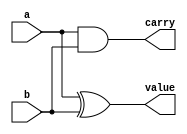
module HalfAdder(value, carry, a, b);
	input a, b;
	output value, carry;
	
	and and1(carry, a, b);
	xor xor1(value, a, b);
endmodule

module mux(y, i0, i1, i2, i3, c0, c1);
	input i0, i1, i2, i3, c0, c1;
	output y;
	
	wire nc0, nc1, pre0, pre1, pre2, pre3;
	
	not not1(nc0, c0);
	not not2(nc1, c1);
	
	and and1(pre0, nc0, nc1, i0);
	and and2(pre1, c0, nc1, i1);
	and and3(pre2, nc0, c1, i2);
	and and4(pre3, c0, c1, i3);
	
	or or1(y, pre0, pre1, pre2, pre3);
endmodule

module oneBitALU(y, z, a, b, c0, c1);
	output y, z;
	input a, b, c0, c1;
	
	wire r00, r01, r10, r20, r31;
	
	HalfAdder FA(r00, r01, a, b);
	and and1(r10, a, b);
	not not1(r20, a);
	xnor xnor1(r31, a, b);
	
	mux mux1(y, r00, r10, r20, 1'b0, c0, c1);
	mux mux2(z, r01, 1'b0, 1'b0, r31, c0, c1);
endmodule

module stimulus;
	reg a, b, c0, c1;
	wire y, z;
	
	oneBitALU oba(y, z, a, b, c0, c1);
	
	initial
		begin
			c0 = 1'b0;
			c1 = 1'b0;
			a = 1'b0;
			b = 1'b0;
		end
	
	always
		#40 c0 = ~c0;
	
	always
		#20 c1 = ~c1;
		
	always
		#10 a = ~a;
	
	always
		#5 b = ~b;
			
		
	initial
		#75 $finish;
		
	initial
		$monitor ($time, " c1=%d c0=%d a=%d b=%d | y=%d z=%d", c1, c0, a, b, y, z);
		
endmodule